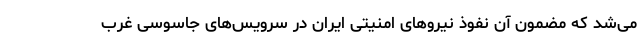
می‌شد که مضمون آن نفوذ نیروهای امنیتی ایران در سرویس‌های جاسوسی غرب